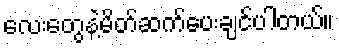
လေးတွေနဲ့မိတ်ဆက်ပေးချင်ပါတယ်။